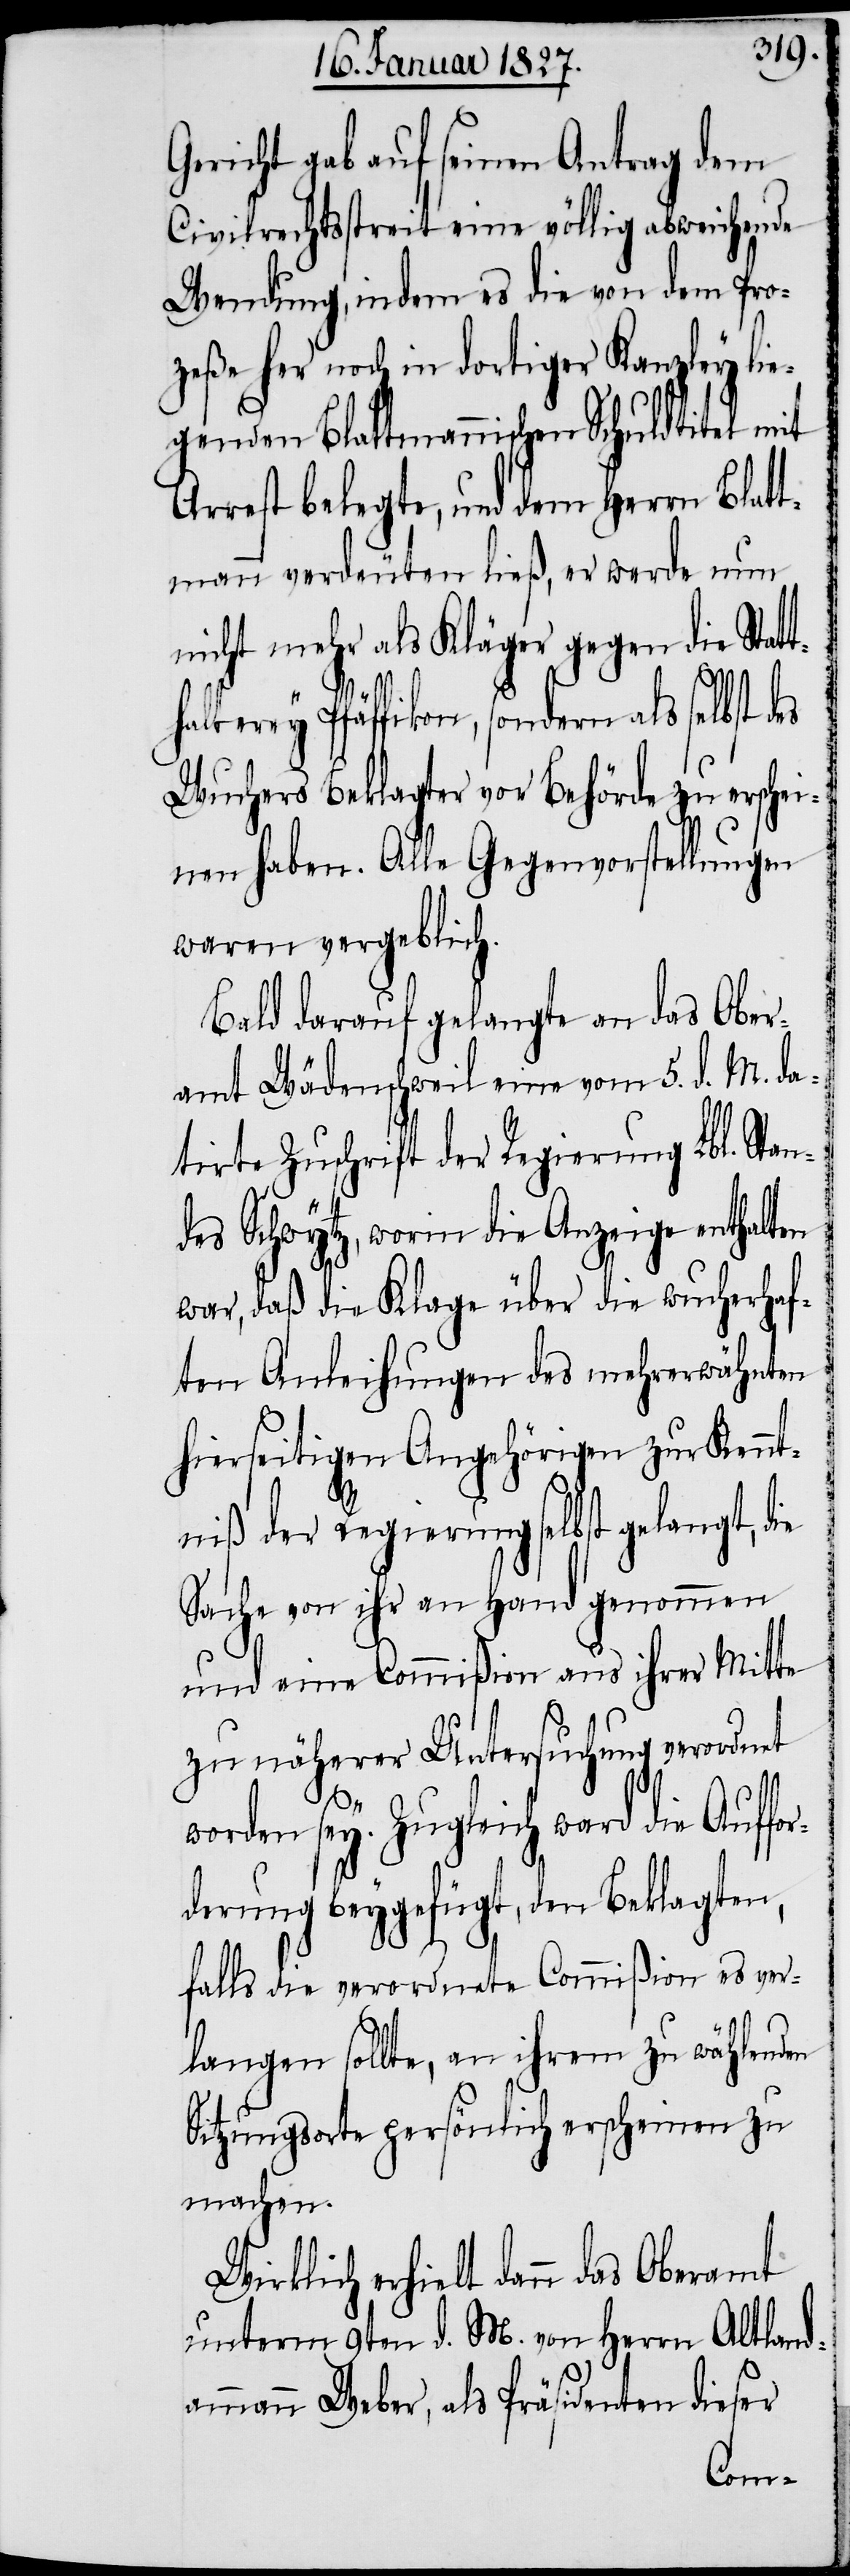
Gericht gab auf seinen Antrag dem
Civilrechtsstreit eine völlig abweichende
Wendung, indem es die von dem Pro¬
zeße her noch in dortiger Kanzley lie¬
genden Blattmannischen Schuldtitel mit
Arrest belegte, und dem Herrn Blatt¬
mann verdeuten ließ, er werde nun
nicht mehr als Kläger gegen die Stat¬
terey Pfäffikon, sondern als selbst
Wuchers Beklagter vor Behörde zu erschei¬
nen haben. Alle Gegenvorstellungen
waren vergeblich.
Bald darauf gelangte an das Ober¬
amt Wädenschweil eine vom 5. d. M. da¬
tirte Zuschrift der Regierung Lbl. Stan¬
des Schwytz, worin die Anzeige enthalten
war, daß die Klage über die wucherhaf¬
ten Anleihungen des mehrerwähnten
hierseitigen Angehörigen zur Kennt¬
niß der Regierung selbst gelangt, die
Sache von ihr an Hand genommen
und eine Commißion aus ihrer Mitte
zu näherer Untersuchung verordnet
worden sey. Zugleich ward die Auf¬
derung beygefügt, den Beklagten,
falls die verordnete Commißion es ver¬
langen sollte, an ihrem zu wählenden
Sitzungsorte persönlich erscheinen zu
machen.
Wirklich erhielt dann das Oberamt
unterm 9ten d. M. von Herrn Altland¬
ammann Weber, als Präsidenten dieser
for¬